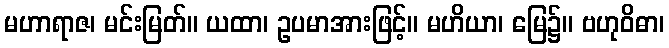
မဟာရာဇ၊ မင်းမြတ်။ ယထာ၊ ဥပမာအားဖြင့်။ မဟိယာ၊ မြေ၌။ ဗဟုဝိဓာ၊